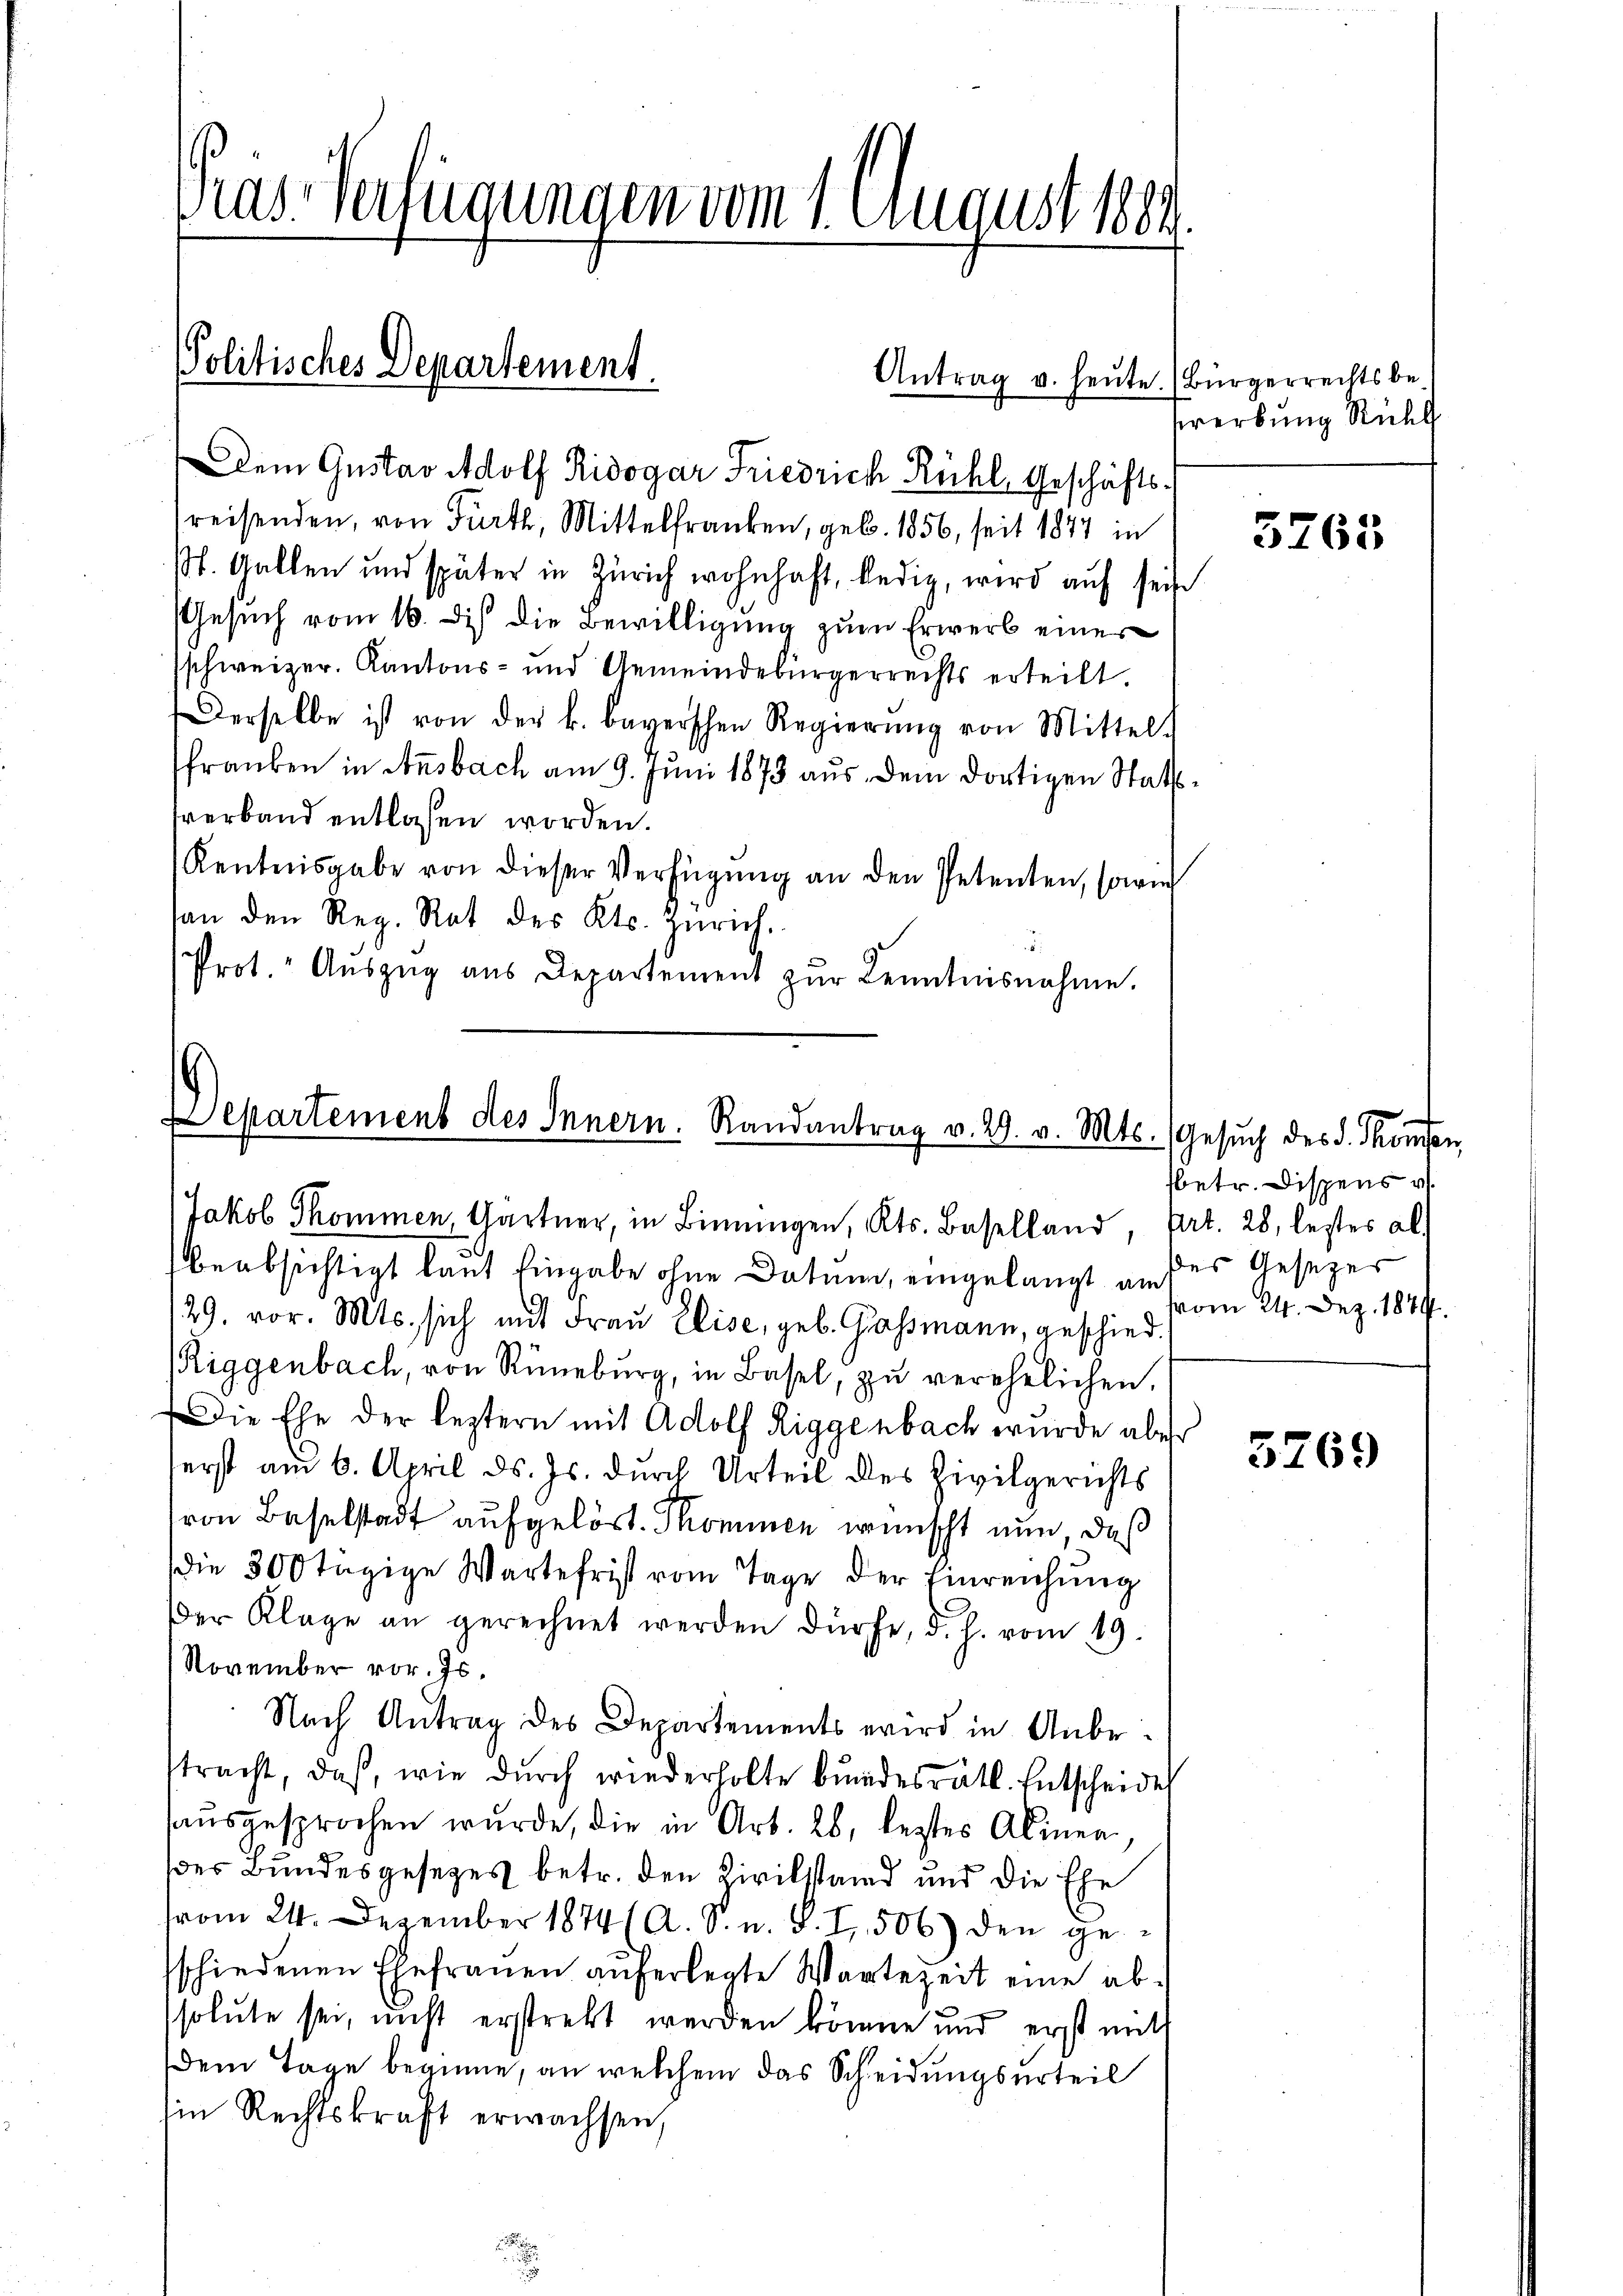
Pras-Verfügungen vom 1. August 1804.

Politisches Departement.

Dem Gustav Adolf Ridogar Friedrich Rühl, Geschäftsreisenden, von Fürth, Mittelfranken, geb. 1856, seit 1877 in
Mt. Gallen und später in Zürich wohnhaft, ledig, wird auf seine
Gesŭch vom 16. des die Bewilligung zum Erwerb einer
schweizer. Kantons- und Gemeindebürgerrechts erteilt.
Derselbe ist von der k. bayerschen Regierŭng von Mittel.
frauben in Ansbach am 9. Juni 1873 aus dem dortigen Stattverband entlassen worden.
Kentnisgabe von dieser Verfügŭng an den Petenten, sowie
han den Reg. Rat des Kts. Zürich.
Prot. Aŭszŭg aŭs Departement zŭr Kenntnisnahme.

Antrag u. heute

Departement des Innern. Randantrag v. 29. v. Mts. (Gesŭch des d. Konsen,
Jakob Thommen, Gärtner, in Binnungen, Kts. Baselland, Art. 28, lestes al

beabsichtigt laut Eingabe ohne Datum, eingelangt am
129. vor. Mts. sich mit Frau Elise, geb. Gassmann, geschied
Riggenbach, von Rüneburg, in Basel, zŭ verehelichen,
Die Ehe der leztern mit Adolf Riggenbach wurde aber
ferst am 6. April d. Js. durch Urteil des Zivilgerichts
von Baselstadt aufgelöst. Thommen wünscht nun, daß
die 300 tägige Wartefrist vom Tage der Einreichŭng
Der Klage an gerechnet werden dürfe, d. h. vom 19.
November vor. Js.
Nach Antrag des Departements wird in Anbe-
tracht, daß, wie durch wiederholte bundesrätl. Entscheide
aŭsgesprochen wurde, die in Art. 26, legtes Alinea,
der Bundesgesezes betr. den Zivilstand und die Ehe
vom 24. Dezember 1874 (A. S. u. S. I, 506) den ge-
schiedenen Ehefrauen auferlegte Wartezeit eine absolute sei, nicht erstrebt werden könne und erst mit
dem Tage beginne, an welchem das Scheidungsurteil
Ein Rechtskraft erwachsen,

(Bürgerrechtsbererbung Rühl

3763

fbetr. Dispens v
des Gesezes
vom 24. Dez. 1874.

3269